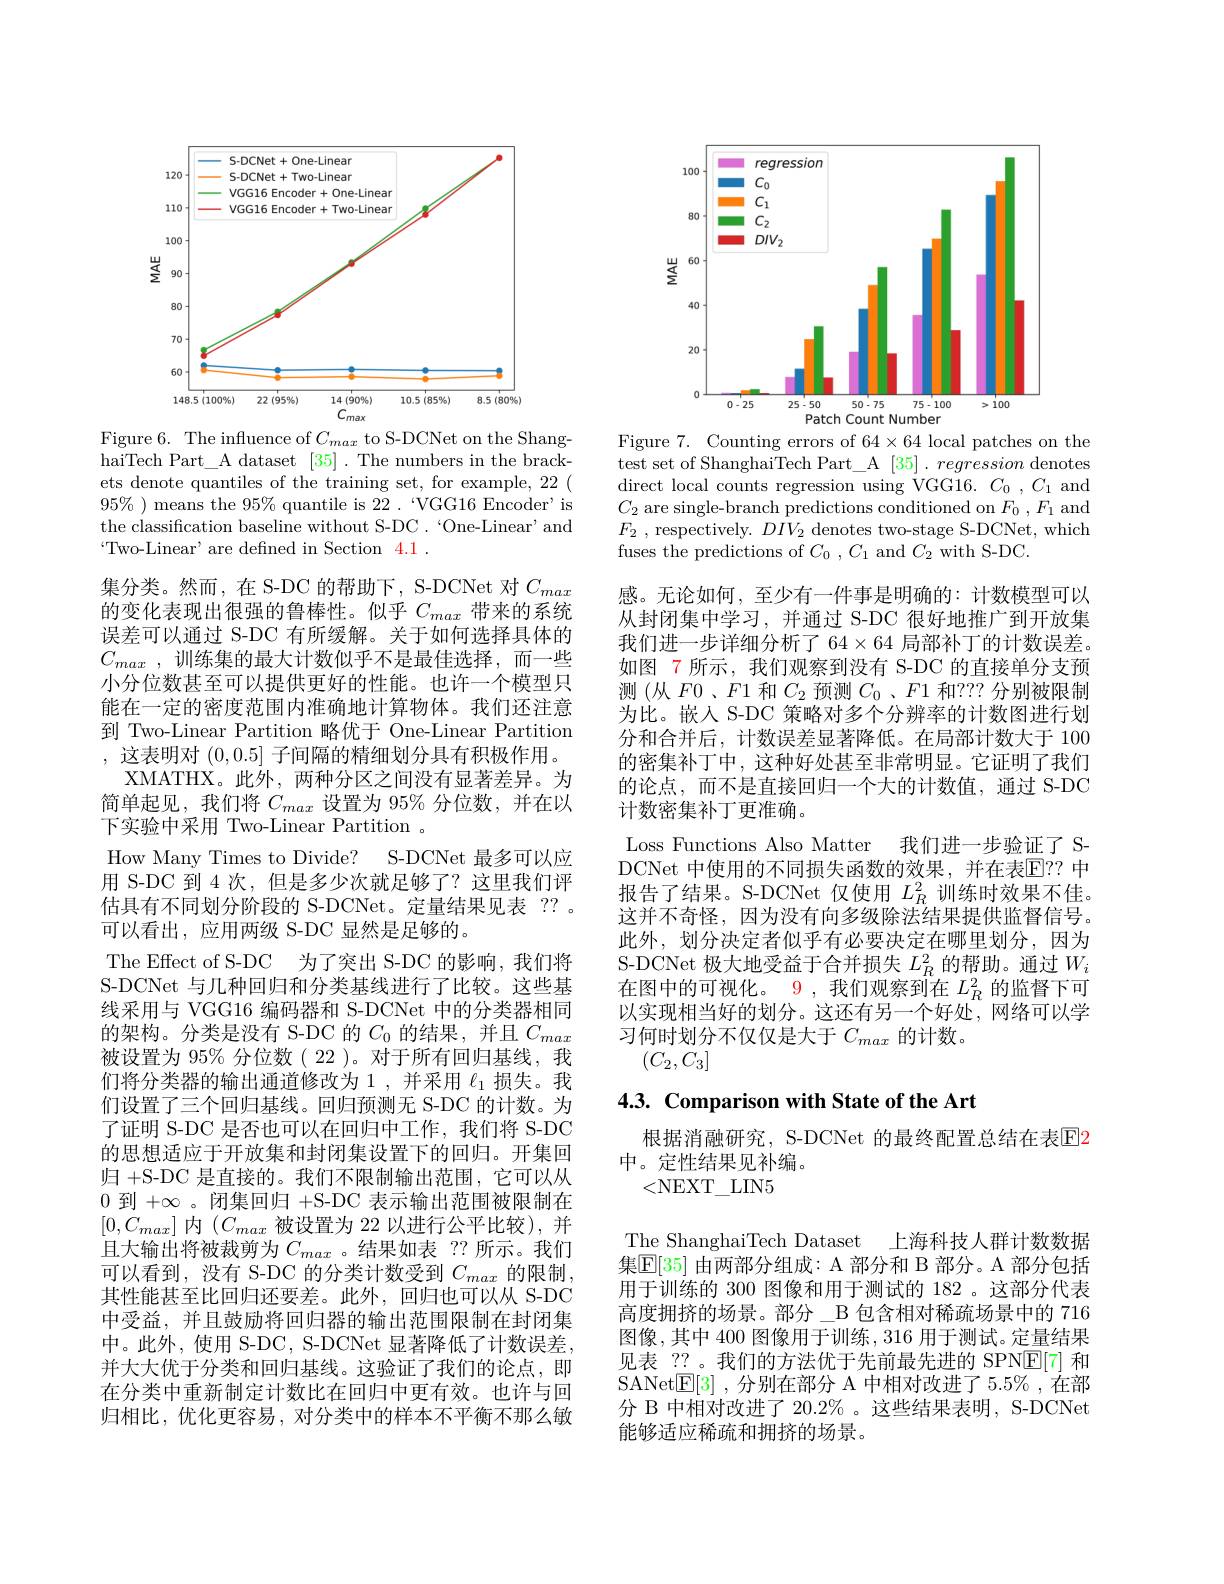
<FigureHere>

Figure 6. The influence of $C_max$ to S-DCNet on the ShanghaiTech Part\_A dataset [35] .The numbers in the brackets denote quantiles of the training set, for example, 22( $95\%$ ) means the $95\%$ quantile is 22. “VGG16 Encoder’is the classification baseline without S-DC .`One-Linear' and $`$Two-Linear' are defined in Section 4.1.
集分类。然而，在 S-DC 的帮助下，S-DCNet 对$C_max$ 的变化表现出很强的鲁棒性。似乎$C_{max}$带来的系统误差可以通过 S-DC 有所缓解。关于如何选择具体的$C_{max}$ ,训练集的最大计数似乎不是最佳选择，而一些小分位数甚至可以提供更好的性能。也许一个模型只能在一定的密度范围内准确地计算物体。我们还注意到 Two-Linear Partition 略优于 One-Linear Partition ,这表明对(0,0.5]子间隔的精细划分具有积极作用。
XMATHX。此外，两种分区之间没有显著差异。为简单起见，我们将$C_max$设置为 95% 分位数，并在以下实验中采用 Two-Linear Partition 。
How Manv Times to Divide? S-DCNet 最多可以应用 S-DC 到 4 次，但是多少次就足够了？这里我们评估具有不同划分阶段的 S-DCNet。定量结果见表 ?? 。可以看出，应用两级 S-DC 显然是足够的。
The Effect of S-DC 为了突出 S-DC 的影响，我们将S-DCNet 与几种回归和分类基线进行了比较。这些基线采用与 VGG16 编码器和 S-DCNet 中的分类器相同的架构。分类是没有 S-DC 的$C_0$的结果，并且$C_max$ 被设置为 95% 分位数( 22 )。对于所有回归基线，我们将分类器的输出通道修改为 1 , 并采用$\ell_{1}$损失。我们设置了三个回归基线。回归预测无 S-DC 的计数。为了证明 S-DC 是否也可以在回归中工作，我们将 S-DC 的思想适应于开放集和封闭集设置下的回归。开集回归 +S-DC 是直接的。我们不限制输出范围，它可以从0到$+\infty$ 。闭集回归+S-DC 表示输出范围被限制在$[0,C_{max}]$内$(C_max$被设置为 22 以进行公平比较),并且大输出将被裁剪为$C_{max}$ 。结果如表 ?? 所示。我们可以看到，没有 S-DC 的分类计数受到$C_{max}$的限制， 其性能甚至比回归还要差。此外，回归也可以从 S-DC 中受益，并且鼓励将回归器的输出范围限制在封闭集中。此外，使用 S-DC, S-DCNet 显著降低了计数误差， 并大大优于分类和回归基线。这验证了我们的论点，即在分类中重新制定计数比在回归中更有效。也许与回归相比，优化更容易，对分类中的样本不平衡不那么敏

<FigureHere>

Figure 7. Counting errors of $64\times64$ local patches on the test set of ShanghaiTech Part\_A $[ 35] . \textit{ regression denotes}$ direct local counts regression using VGG16. $C_0$ , $C_1$ and $C_2$ are single-branch predictions conditioned on $F_0,F_1$ and $F_{2}$ , respectively. $DIV_{2}$ denotes two-stage S-DCNet, which fuses the predictions of $C_0,C_1$ and $C_2$ with S-DC.
感。无论如何，至少有一件事是明确的：计数模型可以从封闭集中学习，并通过 S-DC 很好地推广到开放集我们进一步详细分析了 64$\times64$局部补丁的计数误差。如图 7 所示，我们观察到没有 S-DC 的直接单分支预测(从$F0$、$F1$和$C_2$预测$C_0$ 、$F1$和？?? 分别被限制为比。嵌入 S-DC 策略对多个分辨率的计数图进行划分和合并后，计数误差显著降低。在局部计数大于 100的密集补丁中，这种好处甚至非常明显。它证明了我们的论点，而不是直接回归一个大的计数值，通过 S-DC 计数密集补丁更准确.
Loss Functions Also Matter 我们进一步验证了 SDCNet 中使用的不同损失函数的效果，并在表$\overline{\mathrm{E}}$??中报告了结果。S-DCNet 仅使用$L_R^2$训练时效果不佳。这并不奇怪，因为没有向多级除法结果提供监督信号。此外，划分决定者似乎有必要决定在哪里划分，因为S-DCNet 极大地受益于合并损失$L_R^2$的帮助。通过$W_i$ 在图中的可视化。9 , 我们观察到在$L_R^2$的监督下可以实现相当好的划分。这还有另一个好处，网络可以学习何时划分不仅仅是大于$C_{max}$的计数。
$(C_2,C_3]$

# 4.3. Comparison with State of the Art

根据消融研究，S-DCNet 的最终配置总结在表$\boxed{\mathrm{E}}$2
中。定性结果见补编。
<NEXT\_LIN5

The ShanghaiTech Dataset 上海科技人群计数数据集$\boxed{\mathbb{E}}[35]$ 由两部分组成：A 部分和 B 部分。A 部分包括用于训练的 300 图像和用于测试的 182 。这部分代表高度拥挤的场景。部分\_B 包含相对稀疏场景中的 716图像，其中 400 图像用于训练，316 用于测试。定量结果见表 ??。我们的方法优于先前最先进的 SPN$\overline{\mathbb{E}}[7]$和SANet$\underline{\mathrm{E}}[3]$ ,分别在部分 A 中相对改进了 5.5% ,在部分 B 中相对改进了 20.2% 。这些结果表明，S-DCNet 能够适应稀疏和拥挤的场景。